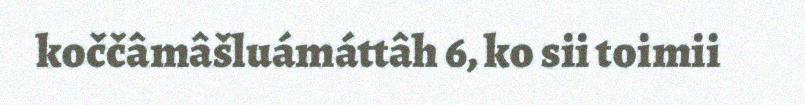
koččâmâšluámáttâh 6, ko sii toimii